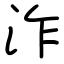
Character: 泎